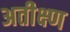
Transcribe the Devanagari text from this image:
अतीक्ष्ण